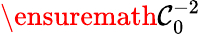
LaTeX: \ensuremath{\mathcal{C}}_{0}^{-2}